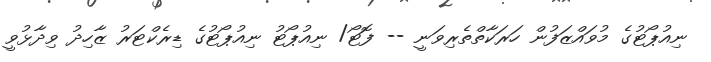
ނިއުޕޯޓުގެ މުވައްޒަފުން ހަރަކާތްތެރިވަނީ -- ފޮޓޯ/ ނިއުޕޯޓު ނިއުޕޯޓުގެ ޑިރެކްޓަރު ޒާހިދު ވިދާޅުވީ